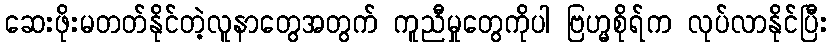
ဆေးဖိုးမတတ်နိုင်တဲ့လူနာတွေအတွက် ကူညီမှုတွေကိုပါ ဗြဟ္မစိုရ်က လုပ်လာနိုင်ပြီး